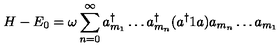
H - E _ { 0 } = \omega \sum _ { n = 0 } ^ { \infty } a _ { m _ { 1 } } ^ { \dagger } \ldots a _ { m _ { n } } ^ { \dagger } ( a ^ { \dagger } 1 a ) a _ { m _ { n } } \ldots a _ { m _ { 1 } }